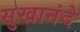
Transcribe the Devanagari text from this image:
सुखानंदे